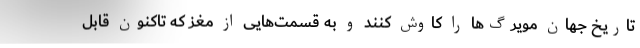
تاریخ جهان مویرگ‌ها را کاوش کنند و به قسمت‌هایی از مغز که تاکنون قابل